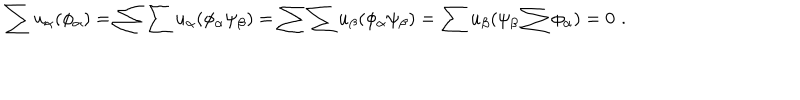
\sum u _ { \alpha } ( \phi _ { \alpha } ) = \sum \sum u _ { \alpha } ( \phi _ { \alpha } \psi _ { \beta } ) = \sum \sum u _ { \beta } ( \phi _ { \alpha } \psi _ { \beta } ) = \sum u _ { \beta } ( \psi _ { \beta } \sum \phi _ { \alpha } ) = 0 \, \, .